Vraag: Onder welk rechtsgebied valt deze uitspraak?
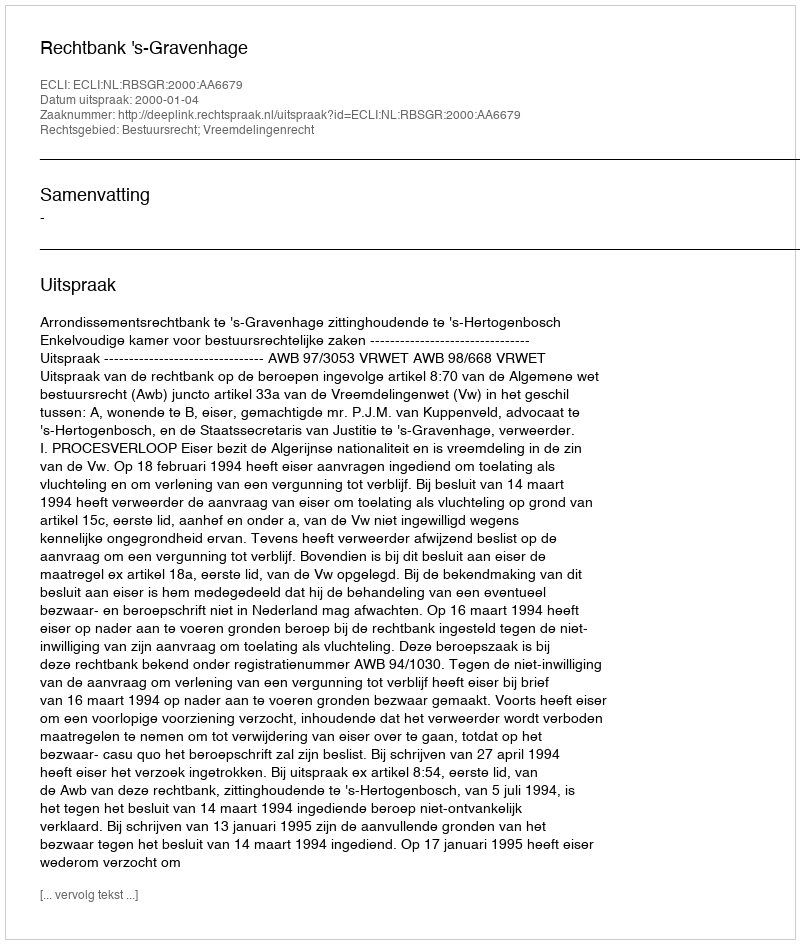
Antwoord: Bestuursrecht; Vreemdelingenrecht